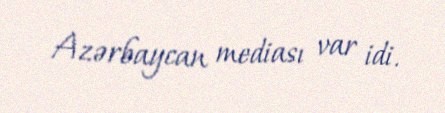
Azərbaycan mediası var idi.